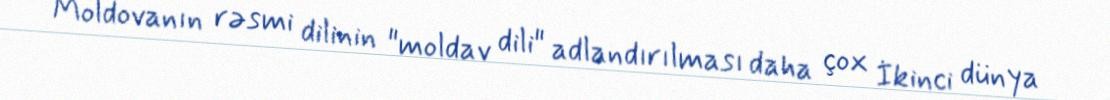
Moldovanın rəsmi dilinin "moldav dili" adlandırılması daha çox İkinci dünya